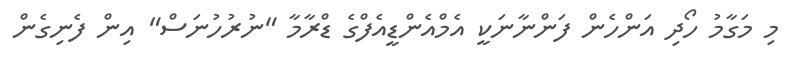
މި މަގާމު ހޯދި އަންހެން ފަންނާނަކީ އެމްއެންޑީއެފްގެ ޑްރާމާ "ނުރުހުނަސް" އިން ފެނިގެން